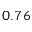
0 . 7 6